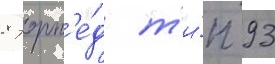
8 торп'е́д т'и́п 93